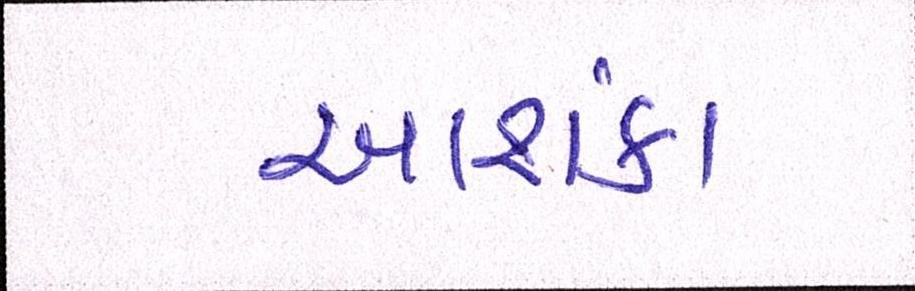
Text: આશંકા